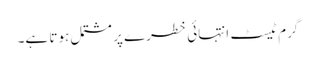
گرم ٹیسٹ انتہائی خطرے پر مشتمل ہوتا ہے۔